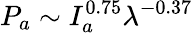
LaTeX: {P_{a}}\sim I_{a}^{0.75}{\lambda^{-0.37}}